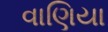
વાણિયા